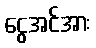
ငွေအင်အား